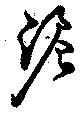
泥